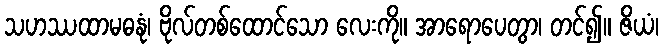
သဟဿထာမဓနုံ၊ ဗိုလ်တစ်ထောင်သော လေးကို။ အာရောပေတွာ၊ တင်၍။ ဇိယံ၊